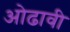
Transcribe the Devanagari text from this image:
ओढावी